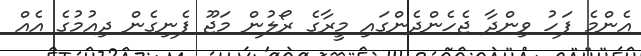
އެންމެ ފަހު ވިންދާ ޖެހެންދެންގައި މީރާގެ ރޯލުން މަޖޫ ފެނިގެން ދިއުމުގެ އެއް